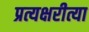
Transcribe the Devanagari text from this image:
प्रत्यक्षरीत्या